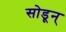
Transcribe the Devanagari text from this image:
सोडून्